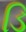
ડિ